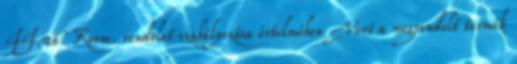
II.26. Korm. rendelet szabályozása értelmében Vevő a megrendelt termék